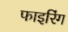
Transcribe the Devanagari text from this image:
फाइरिंग